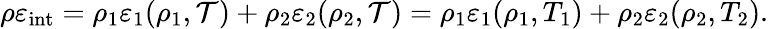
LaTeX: \begin{array}{r}{\rho\varepsilon_{\mathrm{int}}=\rho_{1}\varepsilon_{1}(\rho_{1},\mathcal{T})+\rho_{2}\varepsilon_{2}(\rho_{2},\mathcal{T})=\rho_{1}\varepsilon_{1}(\rho_{1},T_{1})+\rho_{2}\varepsilon_{2}(\rho_{2},T_{2}).}\end{array}